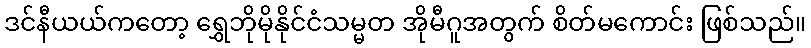
ဒင်နီယယ်ကတော့ ရွှေဘိုမိုနိုင်ငံသမ္မတ အိုမီဂူအတွက် စိတ်မကောင်း ဖြစ်သည်။